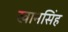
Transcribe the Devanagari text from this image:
खानसिंह